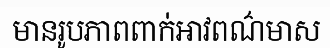
មានរូបភាពពាក់អាវពណ៌មាស